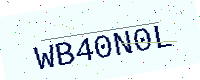
Text: WB40N0L